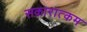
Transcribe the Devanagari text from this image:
सकारात्‍कम